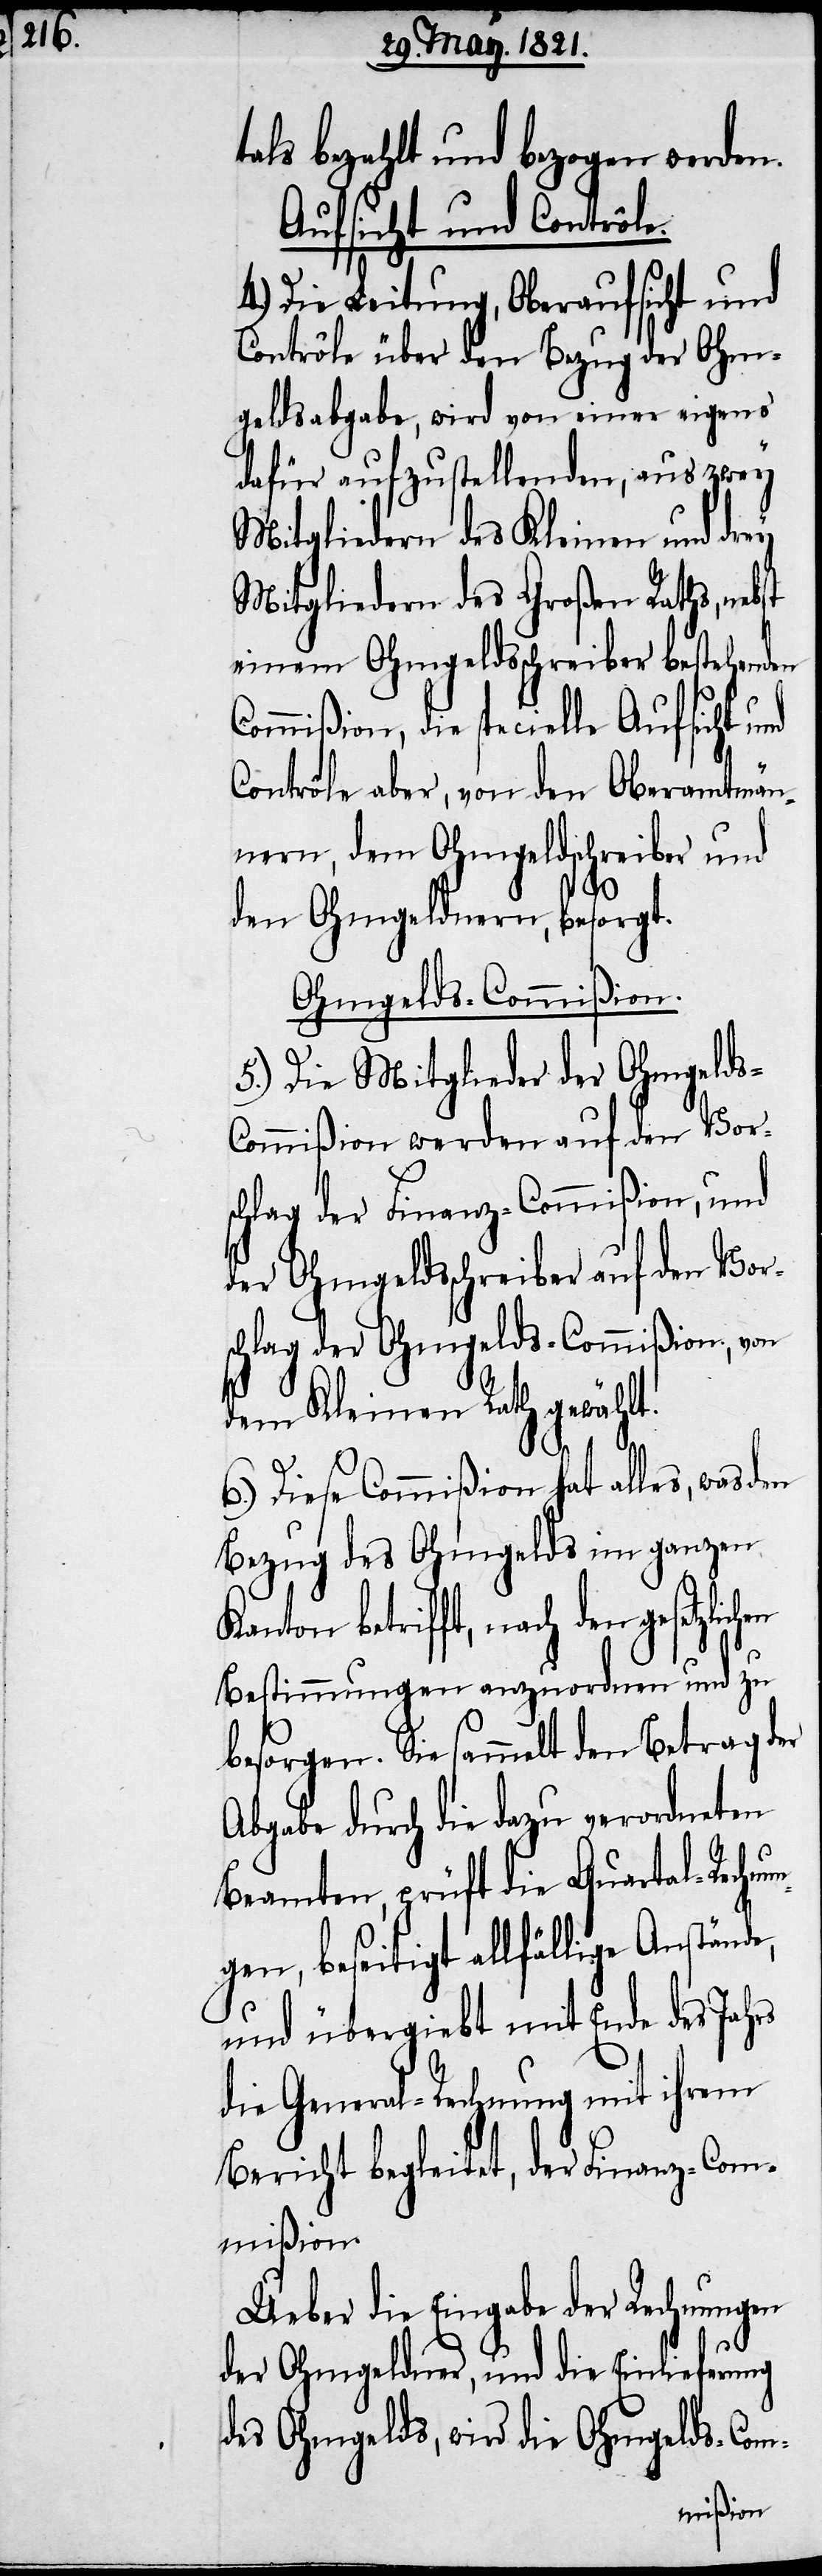
tals bezahlt und bezogen werden.
Aufsicht und Contrôle.
4.) Die Leitung, Oberaufsicht und
Contrôle über den Bezug der Ohm¬
geldsabgabe, wird von einer eigens
dafür aufzustellenden, aus zwey
Mitgliedern des Kleinen und drey
Mitgliedern des Großen Raths,
einem Ohmgeldsschreiber bestehenden
Commißion, die specielle Aufsicht und
Contrôle aber, von den Oberamtmän¬
nern, dem Ohmgeldsschreiber und
chen
den Ohmgeldnern, besorgt.
Ohmgelds-Commißion.
5.) Die Mitglieder der Ohmgeld¬
ommißion werden auf den Vor¬
schlag der Finanz-Commißion, und
der Ohmgeldsschreiber auf den Vor¬
schlag der Ohmgelds-Commißion, von
dem Kleinen Rath gewählt.
ung¬
6.) Diese Commißion hat alles, was den
Bezug des Ohmgelds im ganzen
Kanton betrifft, nach den gesetzli¬
Bestimmungen anzuordnen und zu
besorgen. Sie sammelt den Betrag der
Abgabe durch die dazu verordneten
Beamten, prüft die Quartal-Rechn¬
en, beseitigt allfällige Anstände,
und übergibt mit Ende des Jahrs
die General-Rechnung mit ihrem
Bericht begleitet, der Finanz-Com¬
mißion.
Ueber die Eingabe der Rechnungen
der Ohmgelder, und die Einlieferung
des Ohmgelds, wird die Ohmgelds-Com-